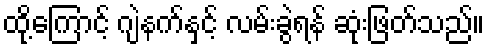
ထို့ကြောင့် ဂျဲနက်နှင့် လမ်းခွဲရန် ဆုံးဖြတ်သည်။